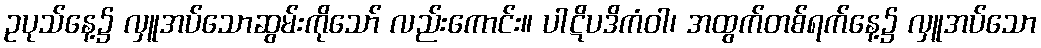
ဥပုသ်နေ့၌ လှူအပ်သောဆွမ်းကိုသော် လည်းကောင်း။ ပါဋိပဒိကံဝါ၊ အထွက်တစ်ရက်နေ့၌ လှူအပ်သော